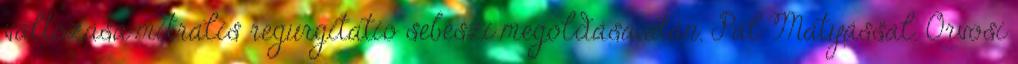
változása mitralis regurgitatio sebészi megoldása után. Pál Mátyással. Orvosi